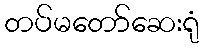
တပ်မတော်ဆေးရုံ